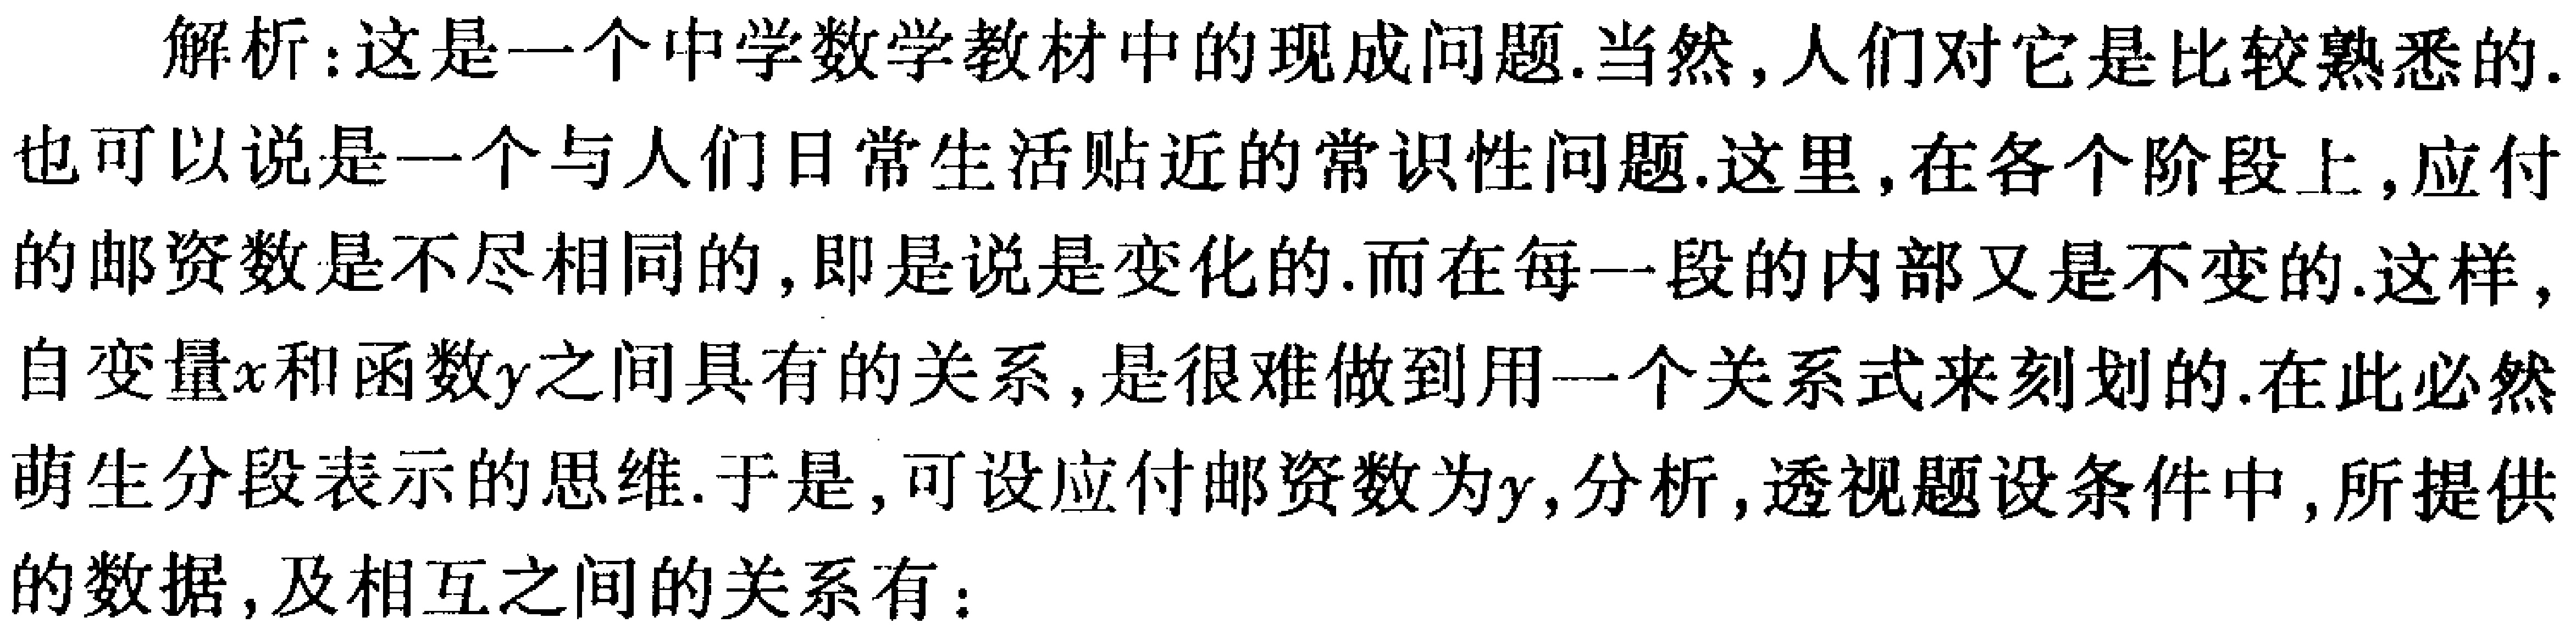
解析：这是一个中学数学教材中的现成问题.当然,人们对它是比较熟悉的.也可以说是一个与人们日常生活贴近的常识性问题.这里,在各个阶段上,应付的邮资数是不尽相同的,即是说是变化的.而在每一段的内部又是不变的.这样,自变量\(x\)和函数\(y\)之间具有的关系,是很难做到用一个关系式来刻划的.在此必然萌生分段表示的思维.于是,可设应付邮资数为\(y\),分析,透视题设条件中,所提供的数据,及相互之间的关系有：